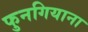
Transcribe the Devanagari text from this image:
फुनगियाना